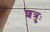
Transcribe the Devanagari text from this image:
शत्रुः